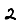
Digit: 2